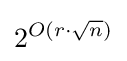
2^{O(r\cdot {\sqrt {n}})}